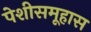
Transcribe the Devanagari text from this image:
पेशीसमूहास